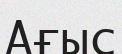
Ағыс